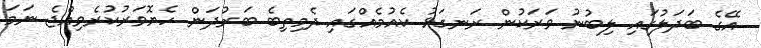
އޭގެ ބަދަލުގައި ލިބުނު ވަރަކުން ރަނގަޅު ކެއުމެއްގައި ދެމިތިބެ ބަރުދަން ހެޔޮވަރުކުރެވިއްޖެ ނަމަ